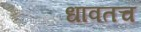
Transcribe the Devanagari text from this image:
धावतच